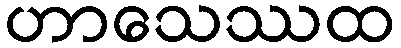
ဟာသေဿထ